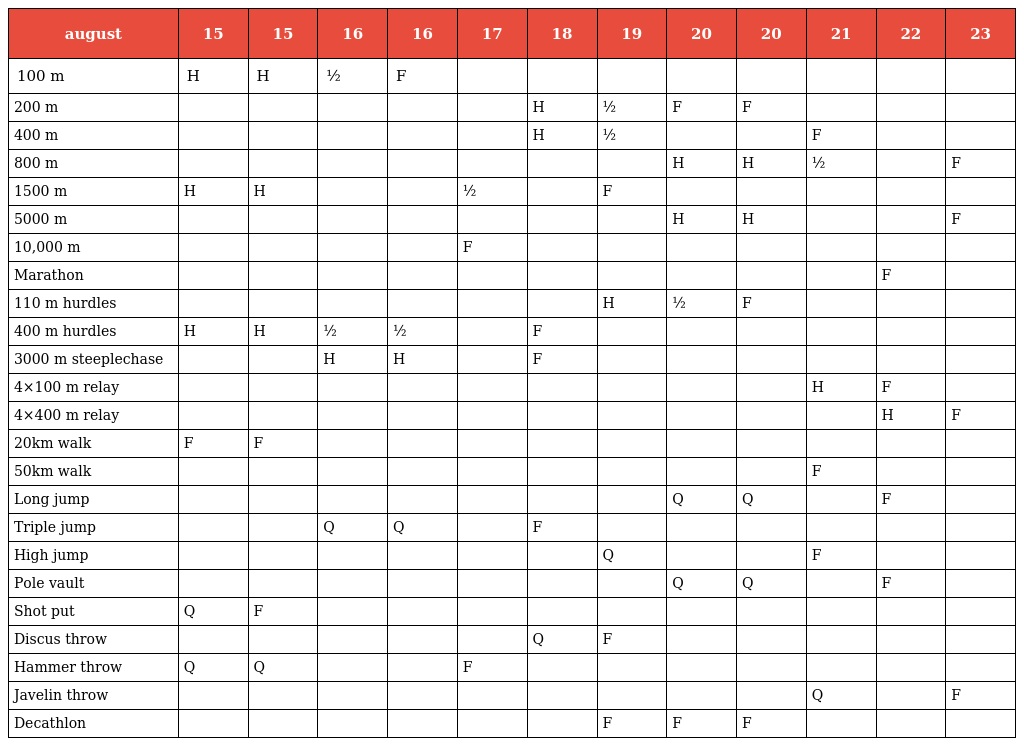
| august | 15 | 15 | 16 | 16 | 17 | 18 | 19 | 20 | 20 | 21 | 22 | 23 |
 | --- | --- | --- | --- | --- | --- | --- | --- | --- | --- | --- | --- | --- |
 | 100 m | H | H | ½ | F |  |  |  |  |  |  |  |  |
 | 200 m |  |  |  |  |  | H | ½ | F | F |  |  |  |
 | 400 m |  |  |  |  |  | H | ½ |  |  | F |  |  |
 | 800 m |  |  |  |  |  |  |  | H | H | ½ |  | F |
 | 1500 m | H | H |  |  | ½ |  | F |  |  |  |  |  |
 | 5000 m |  |  |  |  |  |  |  | H | H |  |  | F |
 | 10,000 m |  |  |  |  | F |  |  |  |  |  |  |  |
 | Marathon |  |  |  |  |  |  |  |  |  |  | F |  |
 | 110 m hurdles |  |  |  |  |  |  | H | ½ | F |  |  |  |
 | 400 m hurdles | H | H | ½ | ½ |  | F |  |  |  |  |  |  |
 | 3000 m steeplechase |  |  | H | H |  | F |  |  |  |  |  |  |
 | 4×100 m relay |  |  |  |  |  |  |  |  |  | H | F |  |
 | 4×400 m relay |  |  |  |  |  |  |  |  |  |  | H | F |
 | 20km walk | F | F |  |  |  |  |  |  |  |  |  |  |
 | 50km walk |  |  |  |  |  |  |  |  |  | F |  |  |
 | Long jump |  |  |  |  |  |  |  | Q | Q |  | F |  |
 | Triple jump |  |  | Q | Q |  | F |  |  |  |  |  |  |
 | High jump |  |  |  |  |  |  | Q |  |  | F |  |  |
 | Pole vault |  |  |  |  |  |  |  | Q | Q |  | F |  |
 | Shot put | Q | F |  |  |  |  |  |  |  |  |  |  |
 | Discus throw |  |  |  |  |  | Q | F |  |  |  |  |  |
 | Hammer throw | Q | Q |  |  | F |  |  |  |  |  |  |  |
 | Javelin throw |  |  |  |  |  |  |  |  |  | Q |  | F |
 | Decathlon |  |  |  |  |  |  | F | F | F |  |  |  |